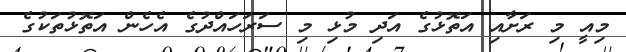
މިއީ މި ރަށާއި އަތޮޅުގެ އަދި މުޅި މި ސަރަހައްދުގެ އެހެން އަތޮޅުތަކުގެ